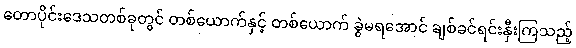
တောပိုင်းဒေသတစ်ခုတွင် တစ်ယောက်နှင့် တစ်ယောက် ခွဲမရအောင် ချစ်ခင်ရင်းနှီးကြသည့်